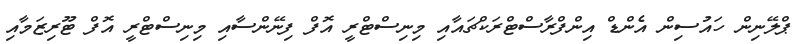
ޕްލޭނިން ހައުސިން އެންޑް އިންފްރާސްޓްރަކްޗައާއި މިނިސްޓްރީ އޮފް ފިނޭންސާއި މިނިސްޓްރީ އޮފް ޓޫރިޒަމާއި